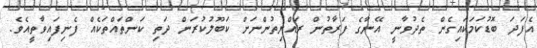
އެފަދަ ބޮޑުކަމަކައިގެން ތެދުވާނީ އޭނާގެ ފަރާތުން ރައްޔިތުންނަށް ކަބޫލުކުރަން ދަތި ކަންތައްތަކެއް ފެނިފައިވާތީއެވެ.